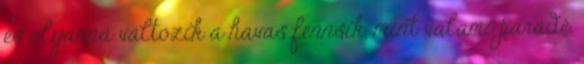
és olyanná változik a havas fennsík, mint valami parádé.